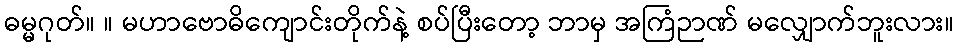
ဓမ္မဂုတ်။ ။ မဟာဗောဓိကျောင်းတိုက်နဲ့ စပ်ပြီးတော့ ဘာမှ အကြံဉာဏ် မလျှောက်ဘူးလား။